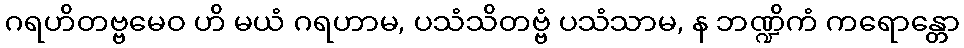
ဂရဟိတဗ္ဗမေဝ ဟိ မယံ ဂရဟာမ, ပသံသိတဗ္ဗံ ပသံသာမ, န ဘဏ္ဍိကံ ကရောန္တော